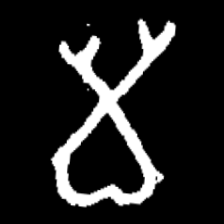
Pyu character \u2014 Myanmar letter: မ (romanized: ma)